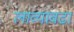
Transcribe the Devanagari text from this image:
लाव्यावढा